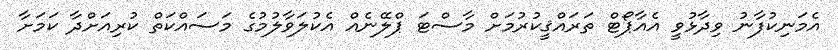
އެމަނިކުފާނު ވިދާޅުވީ އެއާޕޯޓް ތަަރައްޤީކުރުމަށް މާސްޓަ ޕްލޭނެއް އެކުލަވާލުމުގެ މަސައްކަތް ކުރިއަށްދާ ކަމަށާ